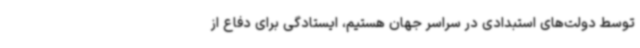
توسط دولت‌های استبدادی در سراسر جهان هستیم، ایستادگی برای دفاع از